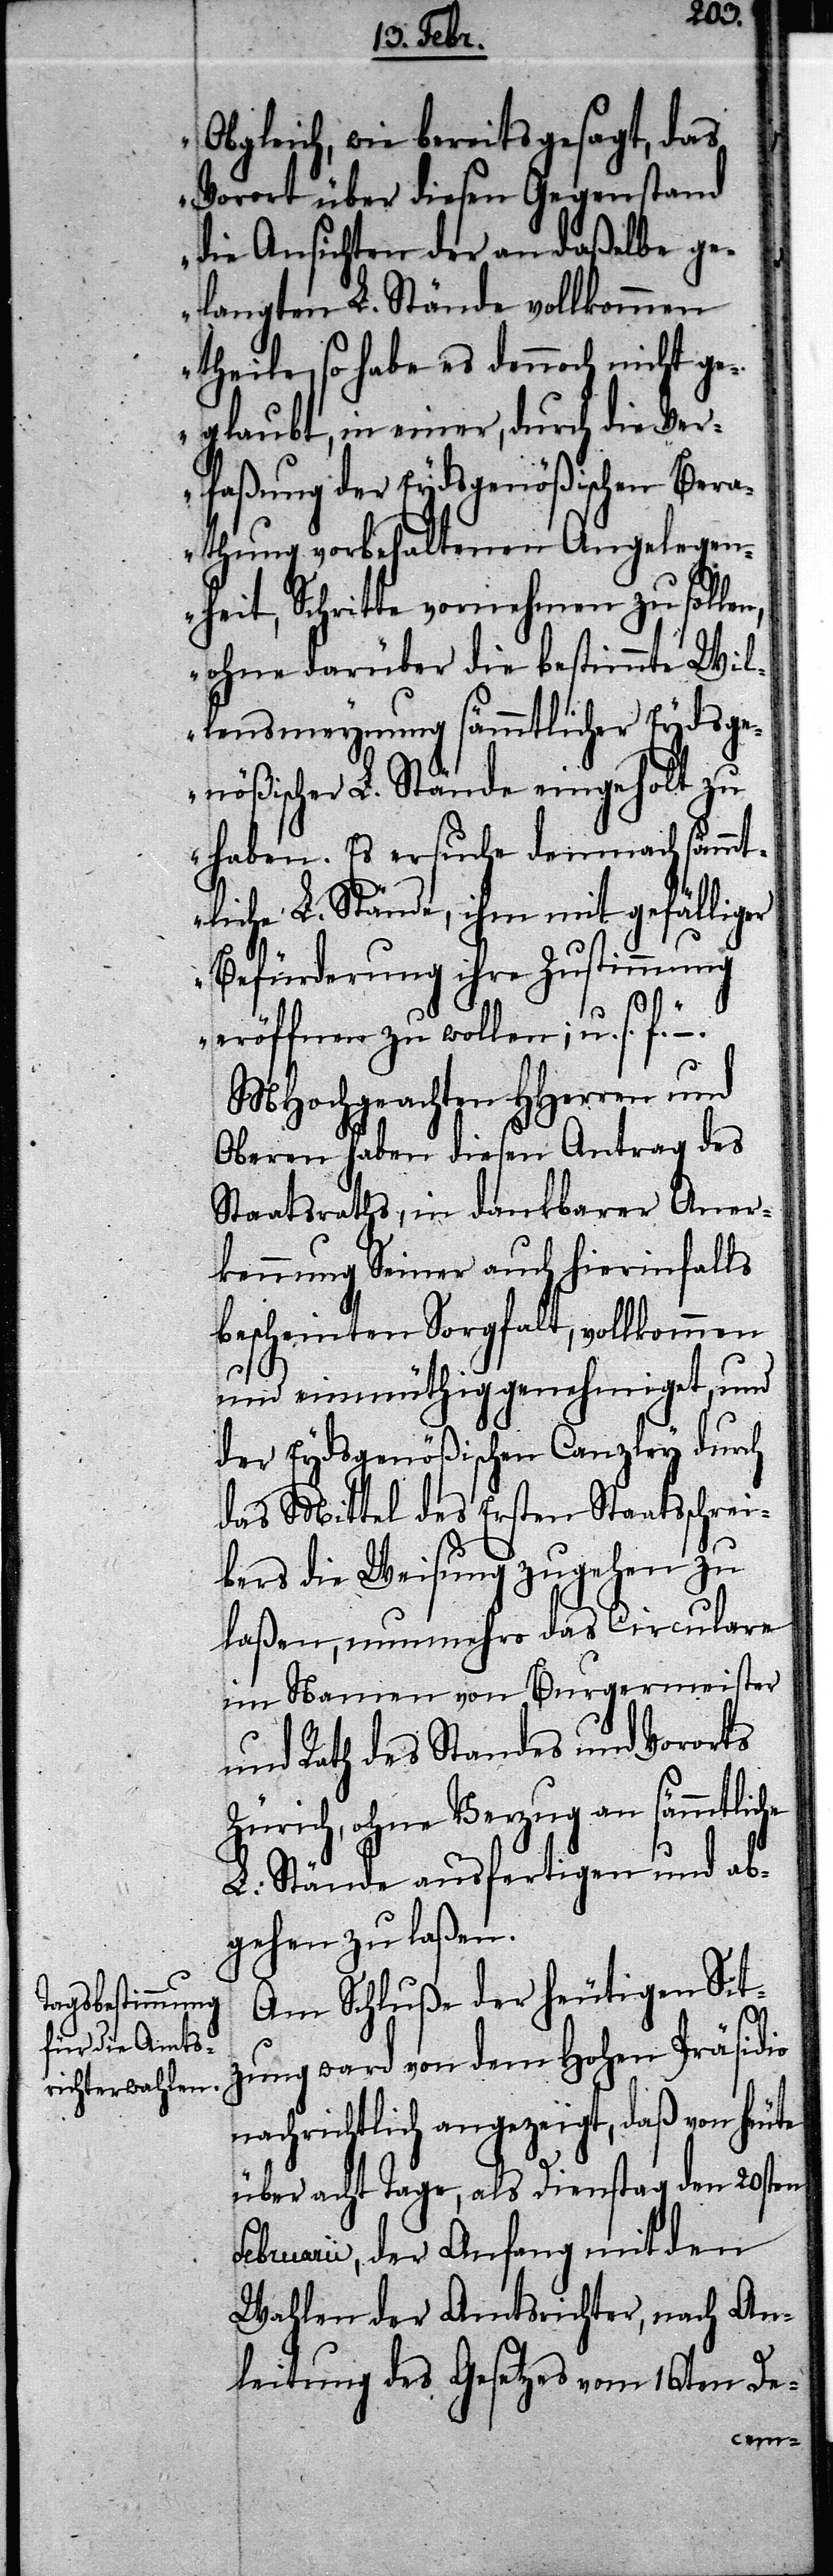
Obgleich, wie bereits gesagt, das
Vorort über diesen Gegenstand
die Ansichten der an daßelbe ge¬
langten L. Stände vollkommen
theile, so habe es dennoch nicht ge¬
glaubt, in einer, durch die Ver¬
faßung der Eydsgenößischen Bera¬
thung vorbehaltenen Angelegen¬
heit, Schritte vornehmen zu sol¬
ohne darüber die bestimmte Wil¬
lensmeynung sämmtlicher Eydsge¬
nößischer L. Stände eingeholt zu
haben. Es ersuche demnach sämmt¬
liche L. Stände, ihm mit gefälliger
Befürderung ihre Zustimmung
eröffnen zu wollen; u. s. f.“
MHochgeachten HHerren und
Oberen haben diesen Antrag des
Staatsraths, in dankbarer Aner¬
kennung Seiner auch hierinfalls
bescheinten Sorgfalt, vollkommen
und einmüthig genehmiget, und
der Eydsgenößischen Canzley durch
das Mittel des Ersten Staatsschrei¬
bers die Weisung zugehen zu
laßen, nunmehro das Circulare
im Namen von Burgermeister
und Rath des Standes und Vororts
Zürich, ohne Bezug an sämmtliche
L: Stände ausfertigen und ab¬
gehen zu laßen.
Am Schluße der heutigen Sit¬
zung ward von dem Hohen Präsidio
nachrichtlich angezeigt, daß von heute
über acht Tage, als Dienstag den 20sten
Februarii, der Anfang mit den
Wahlen der Amtsrichter, nach An¬
leitung des Gesetzes vom 16ten De-
len,